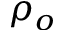
\rho _ { o }